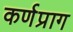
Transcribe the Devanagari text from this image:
कर्णप्राग